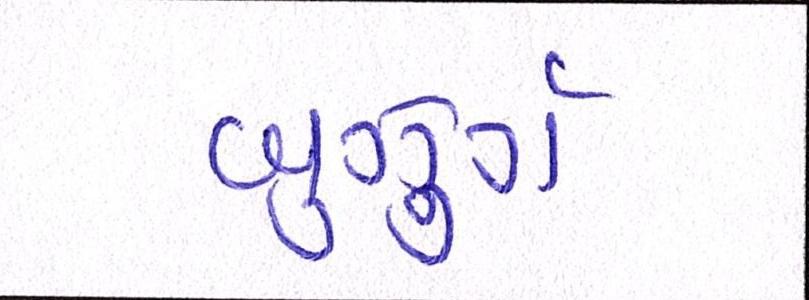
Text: બુઝુર્ગ